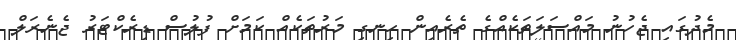
މެދުގައި ޖެހުނު މައްސަލަތަކެއްގެ ތެރެއިން ހިނގި މަރުތަކެއް ކަމަށް ފުލުސް ޑިރެކްޓަރު ޖެނެރަލް